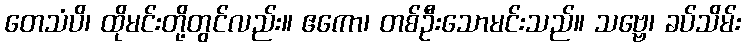
တေသံပိ၊ ထိုမင်းတို့တွင်လည်း။ ဧကော၊ တစ်ဦးသောမင်းသည်။ သဗ္ဗေ၊ ခပ်သိမ်း